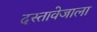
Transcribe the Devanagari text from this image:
दस्तावेजाला